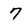
Character: 7